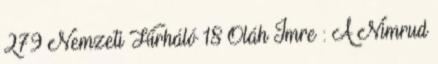
279 Nemzeti Hírháló 18 Oláh Imre : A Nimrud